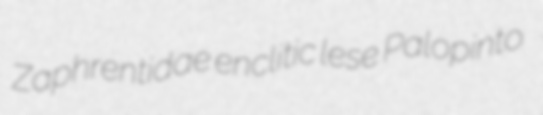
Zaphrentidae enclitic lese Palopinto